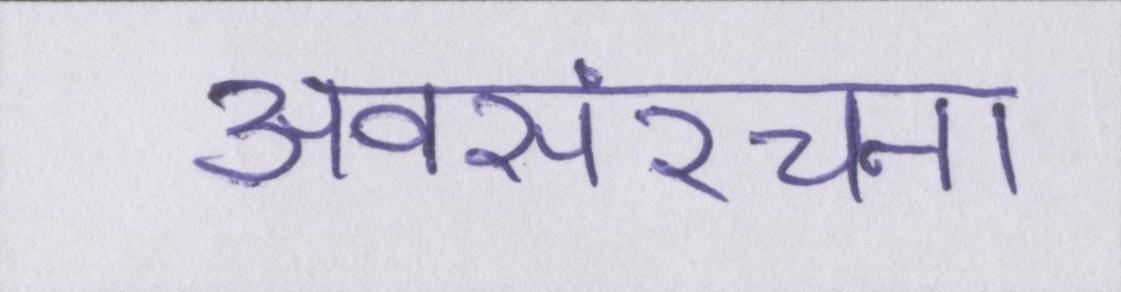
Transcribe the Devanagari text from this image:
अवसंरचना